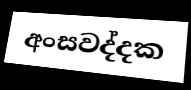
අංසවද්දක